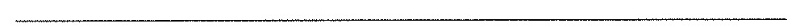
___